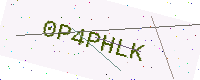
Text: 0P4PHLK